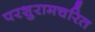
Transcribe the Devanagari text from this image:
परशुरामचरित